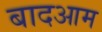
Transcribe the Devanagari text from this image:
बादआम